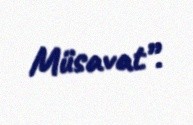
Müsavat”.